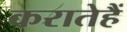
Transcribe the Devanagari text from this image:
करातेहैं